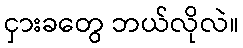
ငှားခတွေ ဘယ်လိုလဲ။